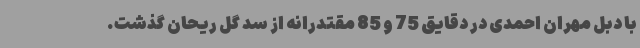
با دبل مهران احمدی در دقایق 75 و 85 مقتدرانه از سد گل ریحان گذشت.